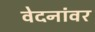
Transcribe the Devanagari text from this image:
वेदनांवर